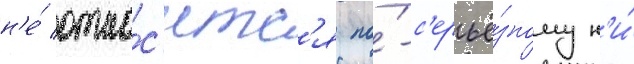
н'е́ отно́с'итс'я по́-с'ерьё́зному н'и́